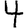
Digit: 4